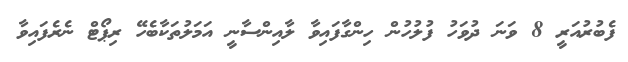
ފެބުރުއަރީ 8 ވަނަ ދުވަހު ފުލުހުން ހިންގާފައިވާ ލާއިންސާނީ އަމަލުތަކާބެހޭ ރިޕޯޓް ނެރެފައިވާ